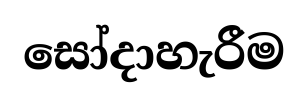
සෝදාහැරීම